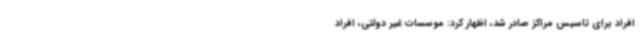
افراد برای تاسیس مراکز صادر شد، اظهار کرد: موسسات غیر دولتی، افراد